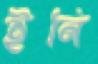
ইনি